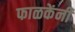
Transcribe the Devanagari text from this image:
फाळकेंनी